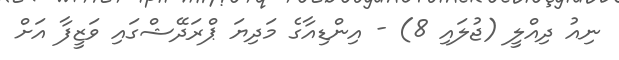
ނިއު ދިއްލީ (ޖުލައި 8) - އިންޑިއާގެ މަދިޔަ ޕްރަދޭޝްގައި ވަޒީފާ އަށް